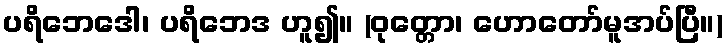
ပရိဘေဒေါ၊ ပရိဘေဒ ဟူ၍။ (ဝုတ္တော၊ ဟောတော်မူအပ်ပြီ။)